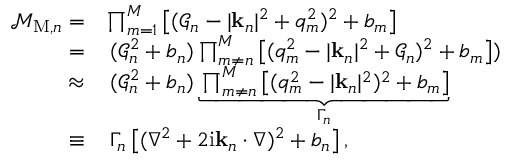
\begin{array} { r l } { \mathcal { M } _ { \mathrm { M } , n } = } & { \prod _ { m = 1 } ^ { M } \left[ ( \mathcal { G } _ { n } - | \mathbf { k } _ { n } | ^ { 2 } + q _ { m } ^ { 2 } ) ^ { 2 } + b _ { m } \right] } \\ { = } & { \, ( \mathcal { G } _ { n } ^ { 2 } + b _ { n } ) \prod _ { m \neq n } ^ { M } \left[ ( q _ { m } ^ { 2 } - | \mathbf { k } _ { n } | ^ { 2 } + \mathcal { G } _ { n } ) ^ { 2 } + b _ { m } \right] ) } \\ { \approx } & { \, ( \mathcal { G } _ { n } ^ { 2 } + b _ { n } ) \underbrace { \prod _ { m \neq n } ^ { M } \left[ ( q _ { m } ^ { 2 } - | \mathbf { k } _ { n } | ^ { 2 } ) ^ { 2 } + b _ { m } \right] } _ { \Gamma _ { n } } } \\ { \equiv } & { \, \Gamma _ { n } \left[ ( \nabla ^ { 2 } + 2 \mathrm { i } \mathbf { k } _ { n } \cdot \nabla ) ^ { 2 } + b _ { n } \right] , } \end{array}